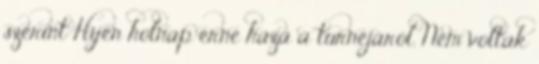
szerint Hyen holnap érne haza a turnéjáról. Nem voltak